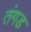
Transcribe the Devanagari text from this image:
तंगड